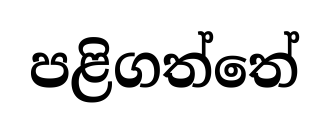
පළිගත්තේ